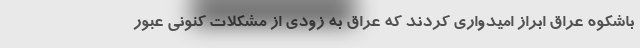
باشکوه عراق ابراز امیدواری کردند که عراق به زودی از مشکلات کنونی عبور